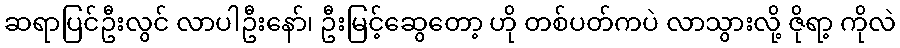
ဆရာပြင်ဦးလွင် လာပါဦးနော်၊ ဦးမြင့်ဆွေတော့ ဟို တစ်ပတ်ကပဲ လာသွားလို့ ဇိုရာ့ ကိုလဲ